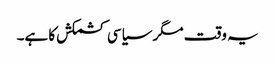
یہ وقت مگر سیاسی کشمکش کا ہے۔